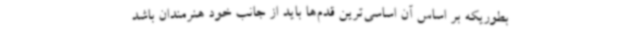
بطوریکه بر اساس آن اساسی‌ترین قدم‌ها باید از جانب خود هنرمندان باشد